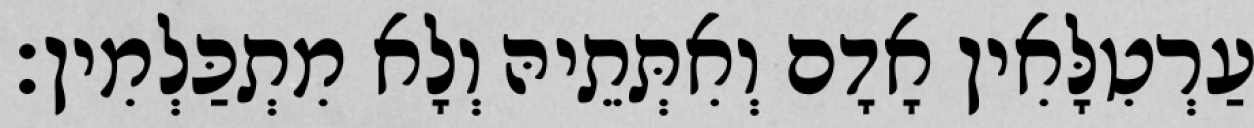
עַרְטִלָּאִין אָדָם וְאִתְּתֵיהּ וְלָא מִתְכַּלְמִין׃